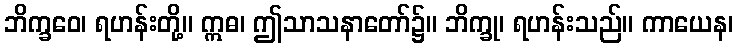
ဘိက္ခဝေ၊ ရဟန်းတို့။ ဣဓ၊ ဤသာသနာတော်၌။ ဘိက္ခု၊ ရဟန်းသည်။ ကာယေန၊